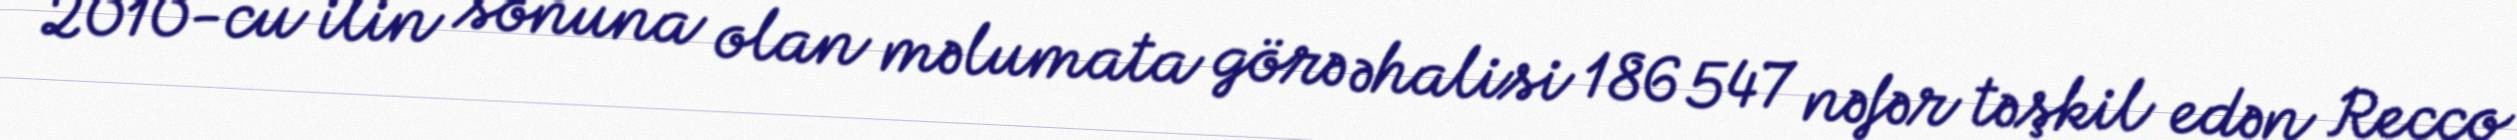
2010-cu ilin sonuna olan məlumata görə əhalisi 186 547 nəfər təşkil edən Recco